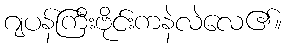
ဂျပန်ကြီးဗိုင်းကနဲလဲလေ၏။